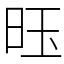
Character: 𫞂